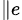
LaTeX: _{\parallel e}